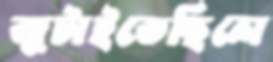
জুটাইতেছিলে